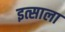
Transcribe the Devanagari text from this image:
इत्साला